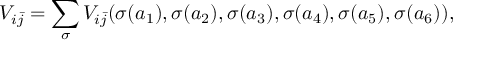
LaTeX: V _ { i \bar { j } } = \sum _ { \sigma } V _ { i \bar { j } } ( \sigma ( a _ { 1 } ) , \sigma ( a _ { 2 } ) , \sigma ( a _ { 3 } ) , \sigma ( a _ { 4 } ) , \sigma ( a _ { 5 } ) , \sigma ( a _ { 6 } ) ) ,